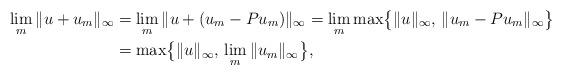
LaTeX: \begin{align*}\lim_m\|u + u_m\|_\infty & = \lim_m\|u + (u_m - Pu_m)\|_\infty = \lim_m \max\bigl\{\|u\|_\infty,\, \|u_m - Pu_m\|_\infty\bigr\} \\ &= \max\bigl\{\|u\|_\infty,\, \lim_m\|u_m\|_\infty\bigr\},\end{align*}